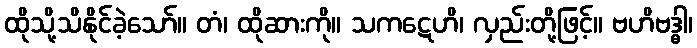
ထိုသို့သိနိုင်ခဲ့သော်။ တံ၊ ထိုဆားကို။ သကဋေဟိ၊ လှည်းတို့ဖြင့်။ ဗဟိဗဒ္ဓါ၊